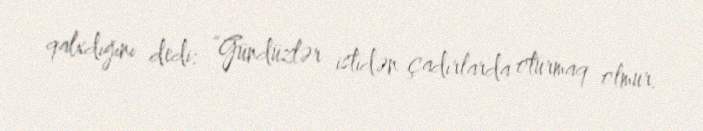
qalxdığını dedi: “Gündüzlər istidən çadırlarda oturmaq olmur.